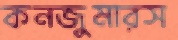
কনজুমারস